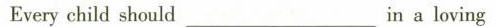
Every child should ___ in a loving